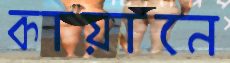
কায়ানে